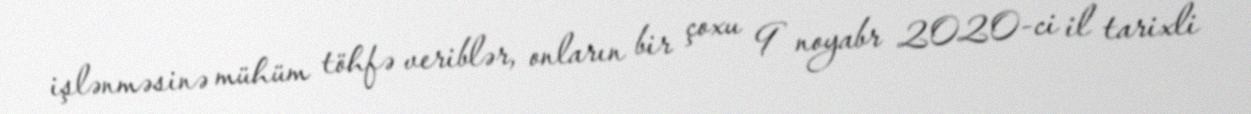
işlənməsinə mühüm töhfə veriblər, onların bir çoxu 9 noyabr 2020-ci il tarixli